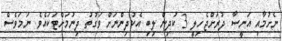
ނެށުމާއި އަނީސާ ދުރަށްޖެހިލީ 3 ކުދިން ލިބި އެކުދިންނަށް ވަގުތު ދިނުމަށްޓަކައެވެ. ނަމަވެސް